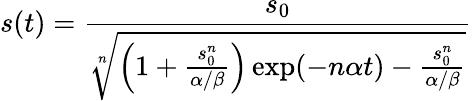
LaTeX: s(t)=\frac{s_{0}}{\sqrt[n]{\left(1+\frac{s_{0}^{n}}{\alpha/\beta}\right)\exp(-n\alpha t)-\frac{s_{0}^{n}}{\alpha/\beta}}}